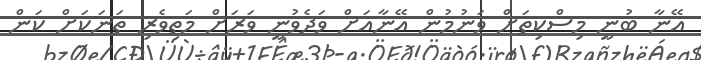
އޭނާ ބުނީ މިސްކިތަށް ވަނުމުން އޭނާއަށް ވަދެވުނީ ވަރަށް މަތިވެރި ތަނަކަށް ކަން